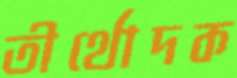
তীর্থোদক